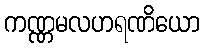
ကဏ္ဏမလဟရဏိယော